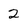
Character: 2